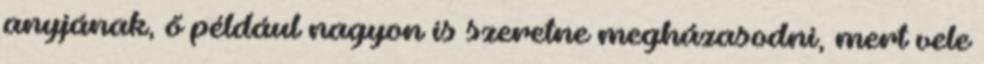
anyjának, ő például nagyon is szeretne megházasodni, mert vele